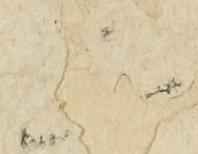
上